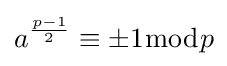
a^{\frac {p-1}{2}}\equiv \pm 1{\bmod {p}}